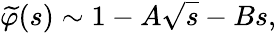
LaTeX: {\widetilde{\varphi}}(s)\sim 1-A\sqrt{s}-Bs,